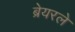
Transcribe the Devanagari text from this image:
ब्रेयरले